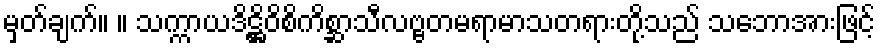
မှတ်ချက်။ ။ သက္ကာယဒိဋ္ဌိဝိစိကိစ္ဆာသီလဗ္ဗတမရာမာသတရားတို့သည် သဘောအားဖြင့်